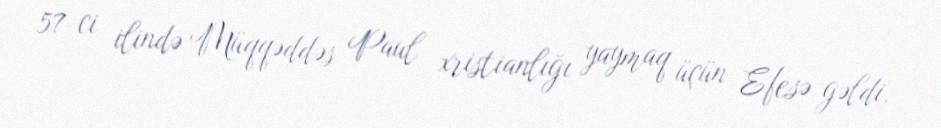
57-ci ilində Müqqəddəs Paul xristianlığı yaymaq üçün Efesə gəldi.